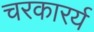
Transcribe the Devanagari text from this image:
चरकारर्य